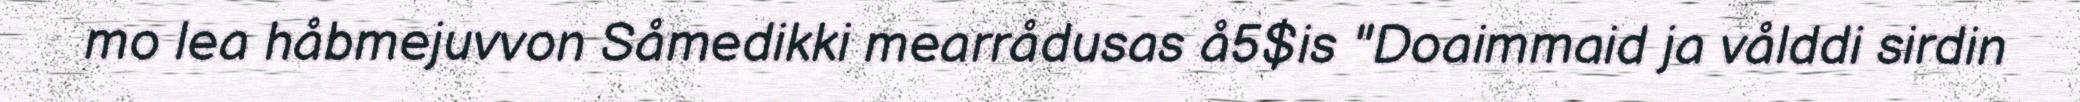
mo lea håbmejuvvon Såmedikki mearrådusas å5$is "Doaimmaid ja vålddi sirdin